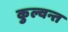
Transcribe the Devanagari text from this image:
कुल्वन्त